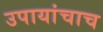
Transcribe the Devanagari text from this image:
उपायांचाच